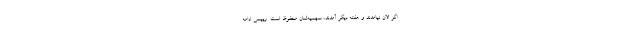
اگر الان نیامدند و هفته دیگر آمدند، سهمیه‌شان محفوظ است. رییسی ادامه